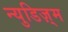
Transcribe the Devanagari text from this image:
न्युडिज़्म